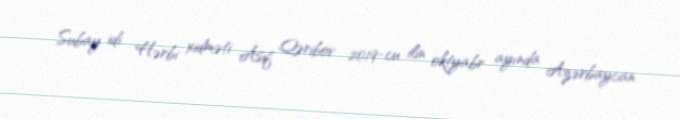
Subay idi. Hərbi xidməti Asif Qəribov 2019-cu ilin oktyabr ayında Azərbaycan